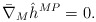
\begin{align*}\bar \nabla_M \hat h^{MP} = 0.\end{align*}